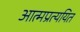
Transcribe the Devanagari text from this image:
आत्मप्रत्ययित